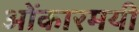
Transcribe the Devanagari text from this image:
ओंकारमयी